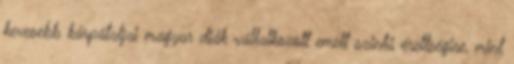
kevesebb kárpátaljai magyar diák vállalkozott emelt szintű érettségire, mint